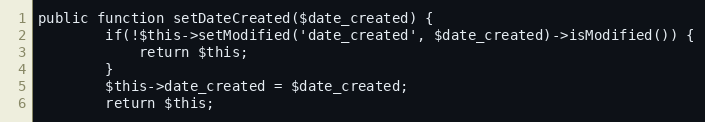
Language: PHP
public function setDateCreated($date_created) {
        if(!$this->setModified('date_created', $date_created)->isModified()) {
            return $this;
        }
		$this->date_created = $date_created;
		return $this;